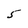
Character: 5